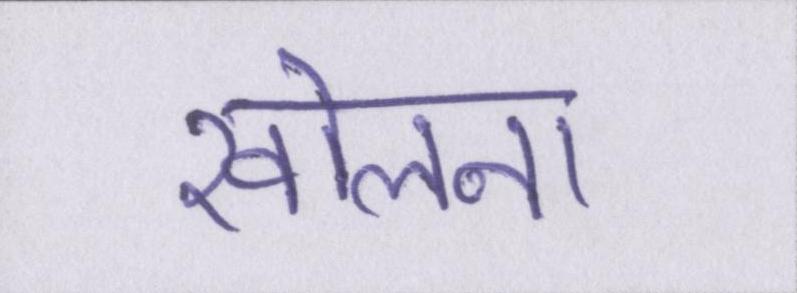
खोलना